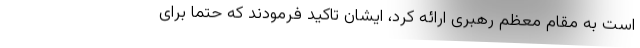
است به مقام معظم رهبری ارائه کرد، ایشان تاکید فرمودند که حتما برای